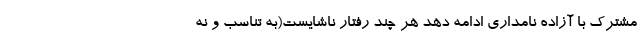
مشترک با آزاده نامداری ادامه دهد هر چند رفتار ناشایست(به تناسب و نه